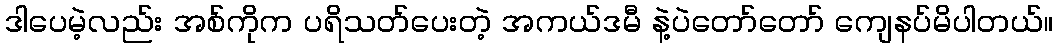
ဒါပေမဲ့လည်း အစ်ကိုက ပရိသတ်ပေးတဲ့ အကယ်ဒမီ နဲ့ပဲတော်တော် ကျေနပ်မိပါတယ်။